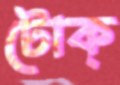
টোক্‌